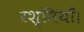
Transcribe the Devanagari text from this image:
रश्मियाँ।